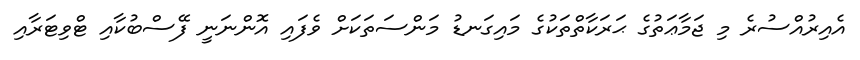
އެއިރުއްސުރެ މި ޖަމާޢަތުގެ ޙަރަކާތްތަކުގެ މައިގަނޑު މަންސަތަކަށް ވެފައި އޮންނަނީ ފޭސްބުކާއި ޓްވިޓަރާއި